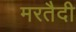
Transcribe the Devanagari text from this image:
मरतैदी